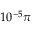
1 0 ^ { - 5 } \pi